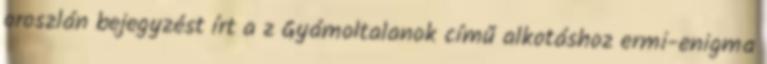
oroszlán bejegyzést írt a z Gyámoltalanok című alkotáshoz ermi-enigma